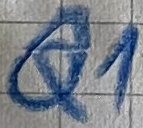
Text: Q1